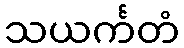
သယင်္ကတံ